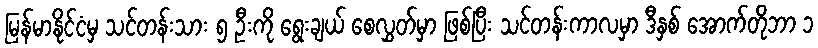
မြန်မာနိုင်ငံမှ သင်တန်းသား ၅ ဦးကို ရွေးချယ် စေလွှတ်မှာ ဖြစ်ပြီး သင်တန်းကာလမှာ ဒီနှစ် အောက်တိုဘာ ၁